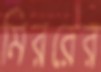
মিররের